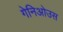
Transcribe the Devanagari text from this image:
गेनिओउस